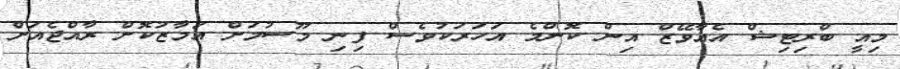
މިއީ ބްރިޓިޝް އެއާވޭޒް އިން ކޮންމެ އަހަރަކުވެސް ފިނި މޫސުމަށް އަމާޒުކޮށް ރާއްޖެއަށް